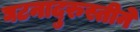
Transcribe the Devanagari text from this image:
घटनादुरुस्तीने